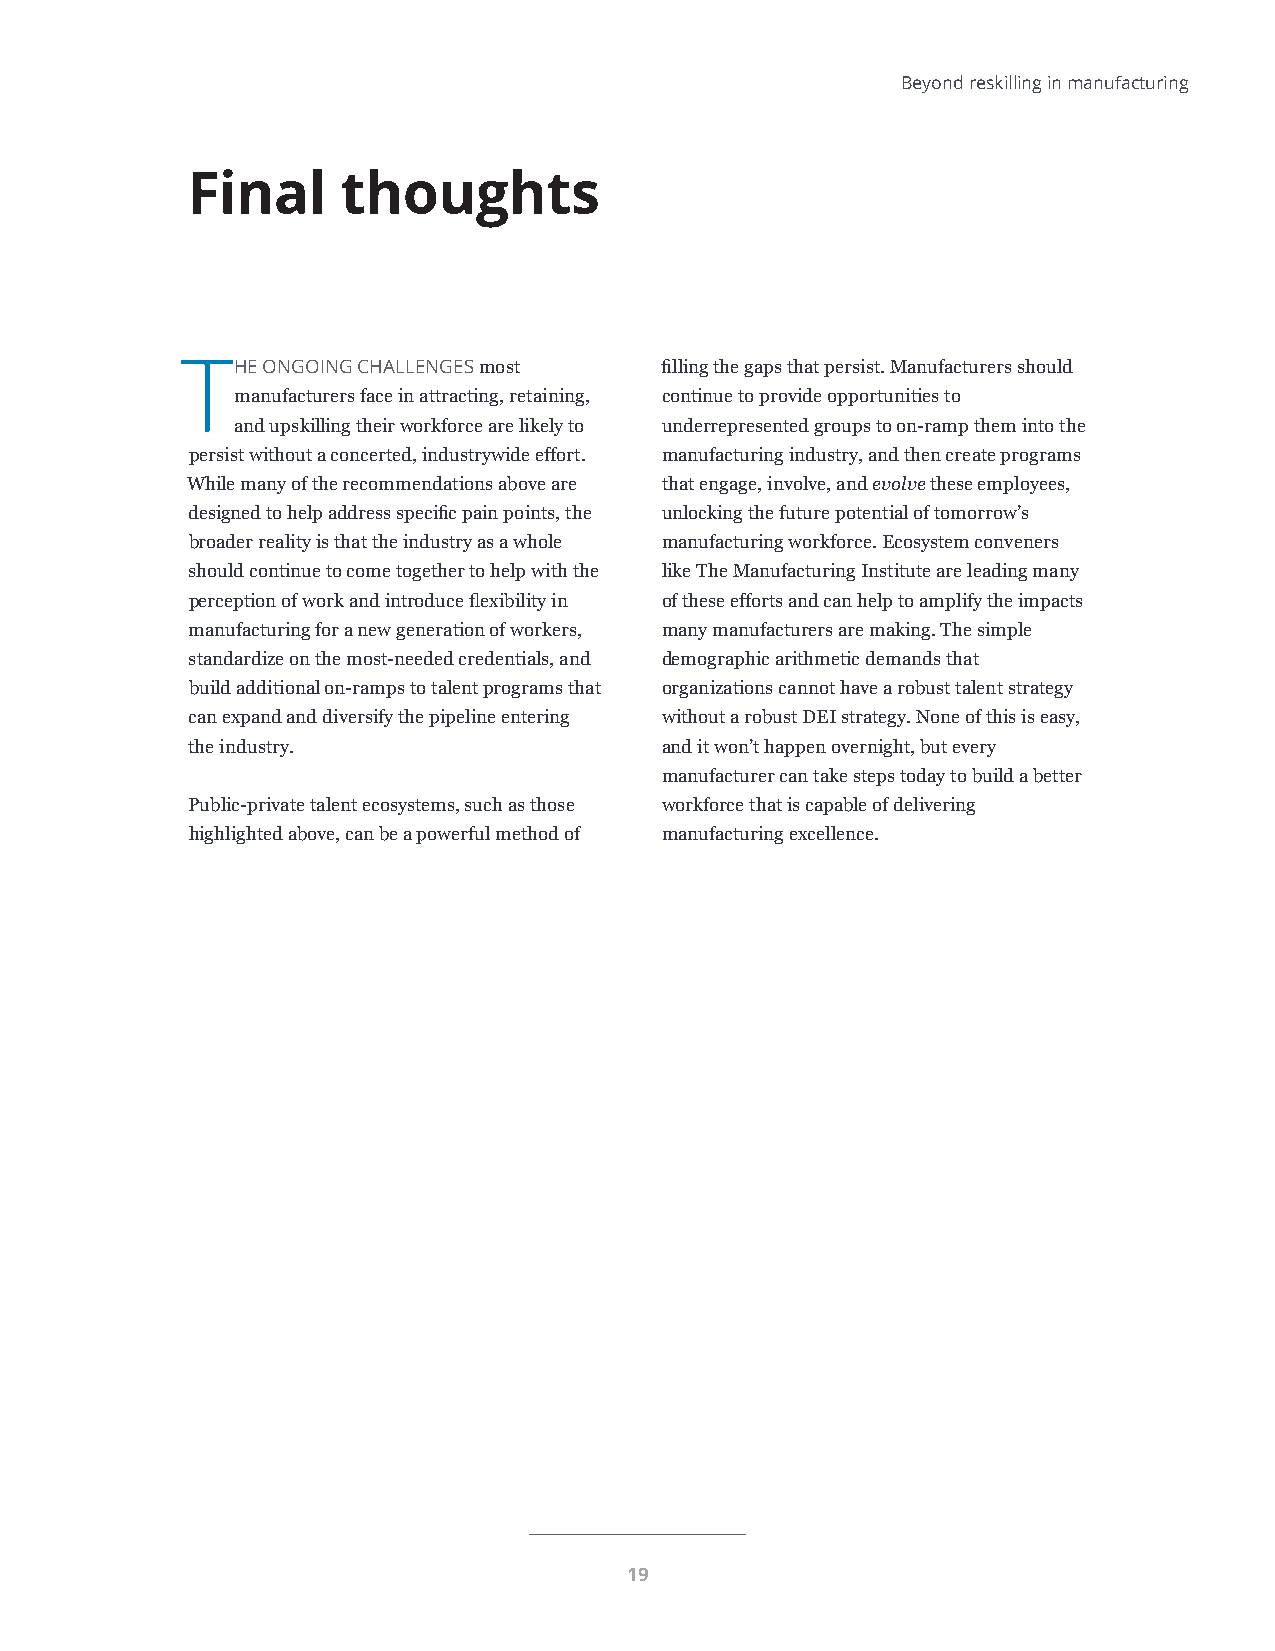
Beyond reskilling in manufacturing
 Final      thoughts
 THE  ONGOING CHALLENGES most    filling the gaps that persist. Manufacturers should
 manufacturers face in attracting, retaining, continue to provide opportunities to
 and upskilling their workforce are likely to underrepresented groups to on-ramp them into the
 persist without a concerted, industrywide effort. manufacturing industry, and then create programs
 While many of the recommendations above are that engage, involve, and evolve these employees,
 designed to help address specific pain points, the unlocking the future potential of tomorrow’s
 broader reality is that the industry as a whole manufacturing workforce. Ecosystem conveners
 should continue to come together to help with the like The Manufacturing Institute are leading many
 perception of work and introduce flexibility in of these efforts and can help to amplify the impacts
 manufacturing for a new generation of workers, many manufacturers are making. The simple
 standardize on the most-needed credentials, and demographic arithmetic demands that
 build additional on-ramps to talent programs that organizations cannot have a robust talent strategy
 can expand and diversify the pipeline entering without a robust DEI strategy. None of this is easy,
 the industry.                   and it won’t happen overnight, but every
 manufacturer can take steps today to build a better
 Public-private talent ecosystems, such as those workforce that is capable of delivering
 highlighted above, can be a powerful method of manufacturing excellence.
 19